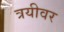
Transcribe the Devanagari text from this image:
त्रयीवर